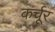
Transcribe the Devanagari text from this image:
कर्चूर